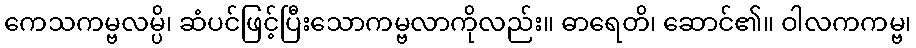
ကေသကမ္ဗလမ္ပိ၊ ဆံပင်ဖြင့်ပြီးသောကမ္ဗလာကိုလည်း။ ဓာရေတိ၊ ဆောင်၏။ ဝါလကကမ္ဗ၊